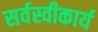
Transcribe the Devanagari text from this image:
सर्वस्वीकार्य